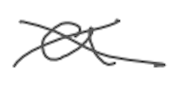
Text: a
Cross-out: cross
Writing tool: digital_gray